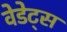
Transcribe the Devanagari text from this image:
वेडेट्स